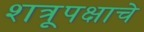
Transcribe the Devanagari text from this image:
शत्रूपक्षाचे